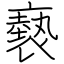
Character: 褻